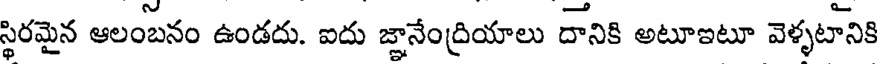
స్థిరమైన ఆలంబనం ఉండదు. ఐదు జ్ఞానేంద్రియాలు దానికి అటూఇటూ వెళ్ళటానికి